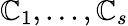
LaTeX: \mathbb{C}_{1},\dots,\mathbb{C}_{s}